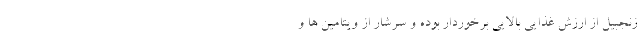
زنجبیل از ارزش غذایی بالایی برخوردار بوده و سرشار از ویتامین ها و